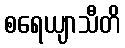
စရေယျာသီတိ